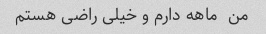
من  ماهه دارم و خیلی راضی هستم